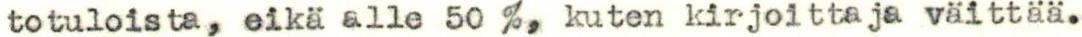
totuloista, eikä alle 50 %, kuten kirjoittaja väittää.